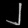
Digit: ၂